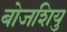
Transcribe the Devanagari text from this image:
बोजशियु